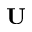
\bf { U }